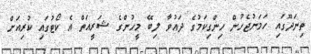
ތިނަދޫގައި ހަމަނުޖެހުން ހިންގިކަމުގެ ދައުވާ ލިބޭ މީހުންގެ ޝަރީއަތް އެ ކޯޓުގައި ކުރިއަށް